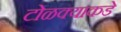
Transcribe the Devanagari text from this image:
टोळक्याकडे